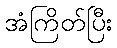
အံကြိတ်ပြီး